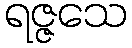
ရဇ္ဇသေ